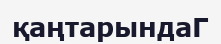
қаңтарындаГ